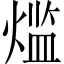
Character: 𬊶